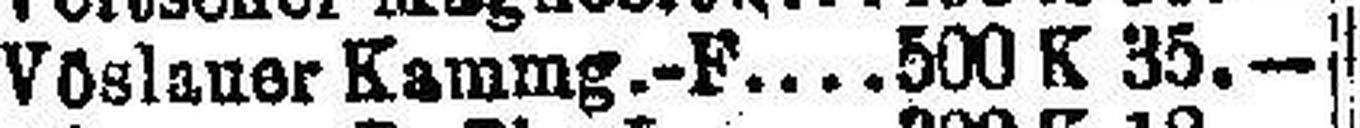
Vöslauer Kammg.-F. 500 K 35.—